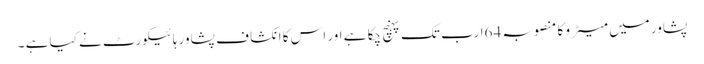
پشاور میں میٹر و کا منصوبہ 64ارب تک پہنچ چکا ہے اور اس کا انکشا ف پشاور ہائیکورٹ نے کیا ہے ۔